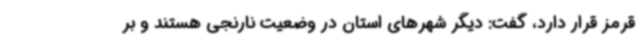
قرمز قرار دارد، گفت: دیگر شهرهای استان در وضعیت نارنجی هستند و بر